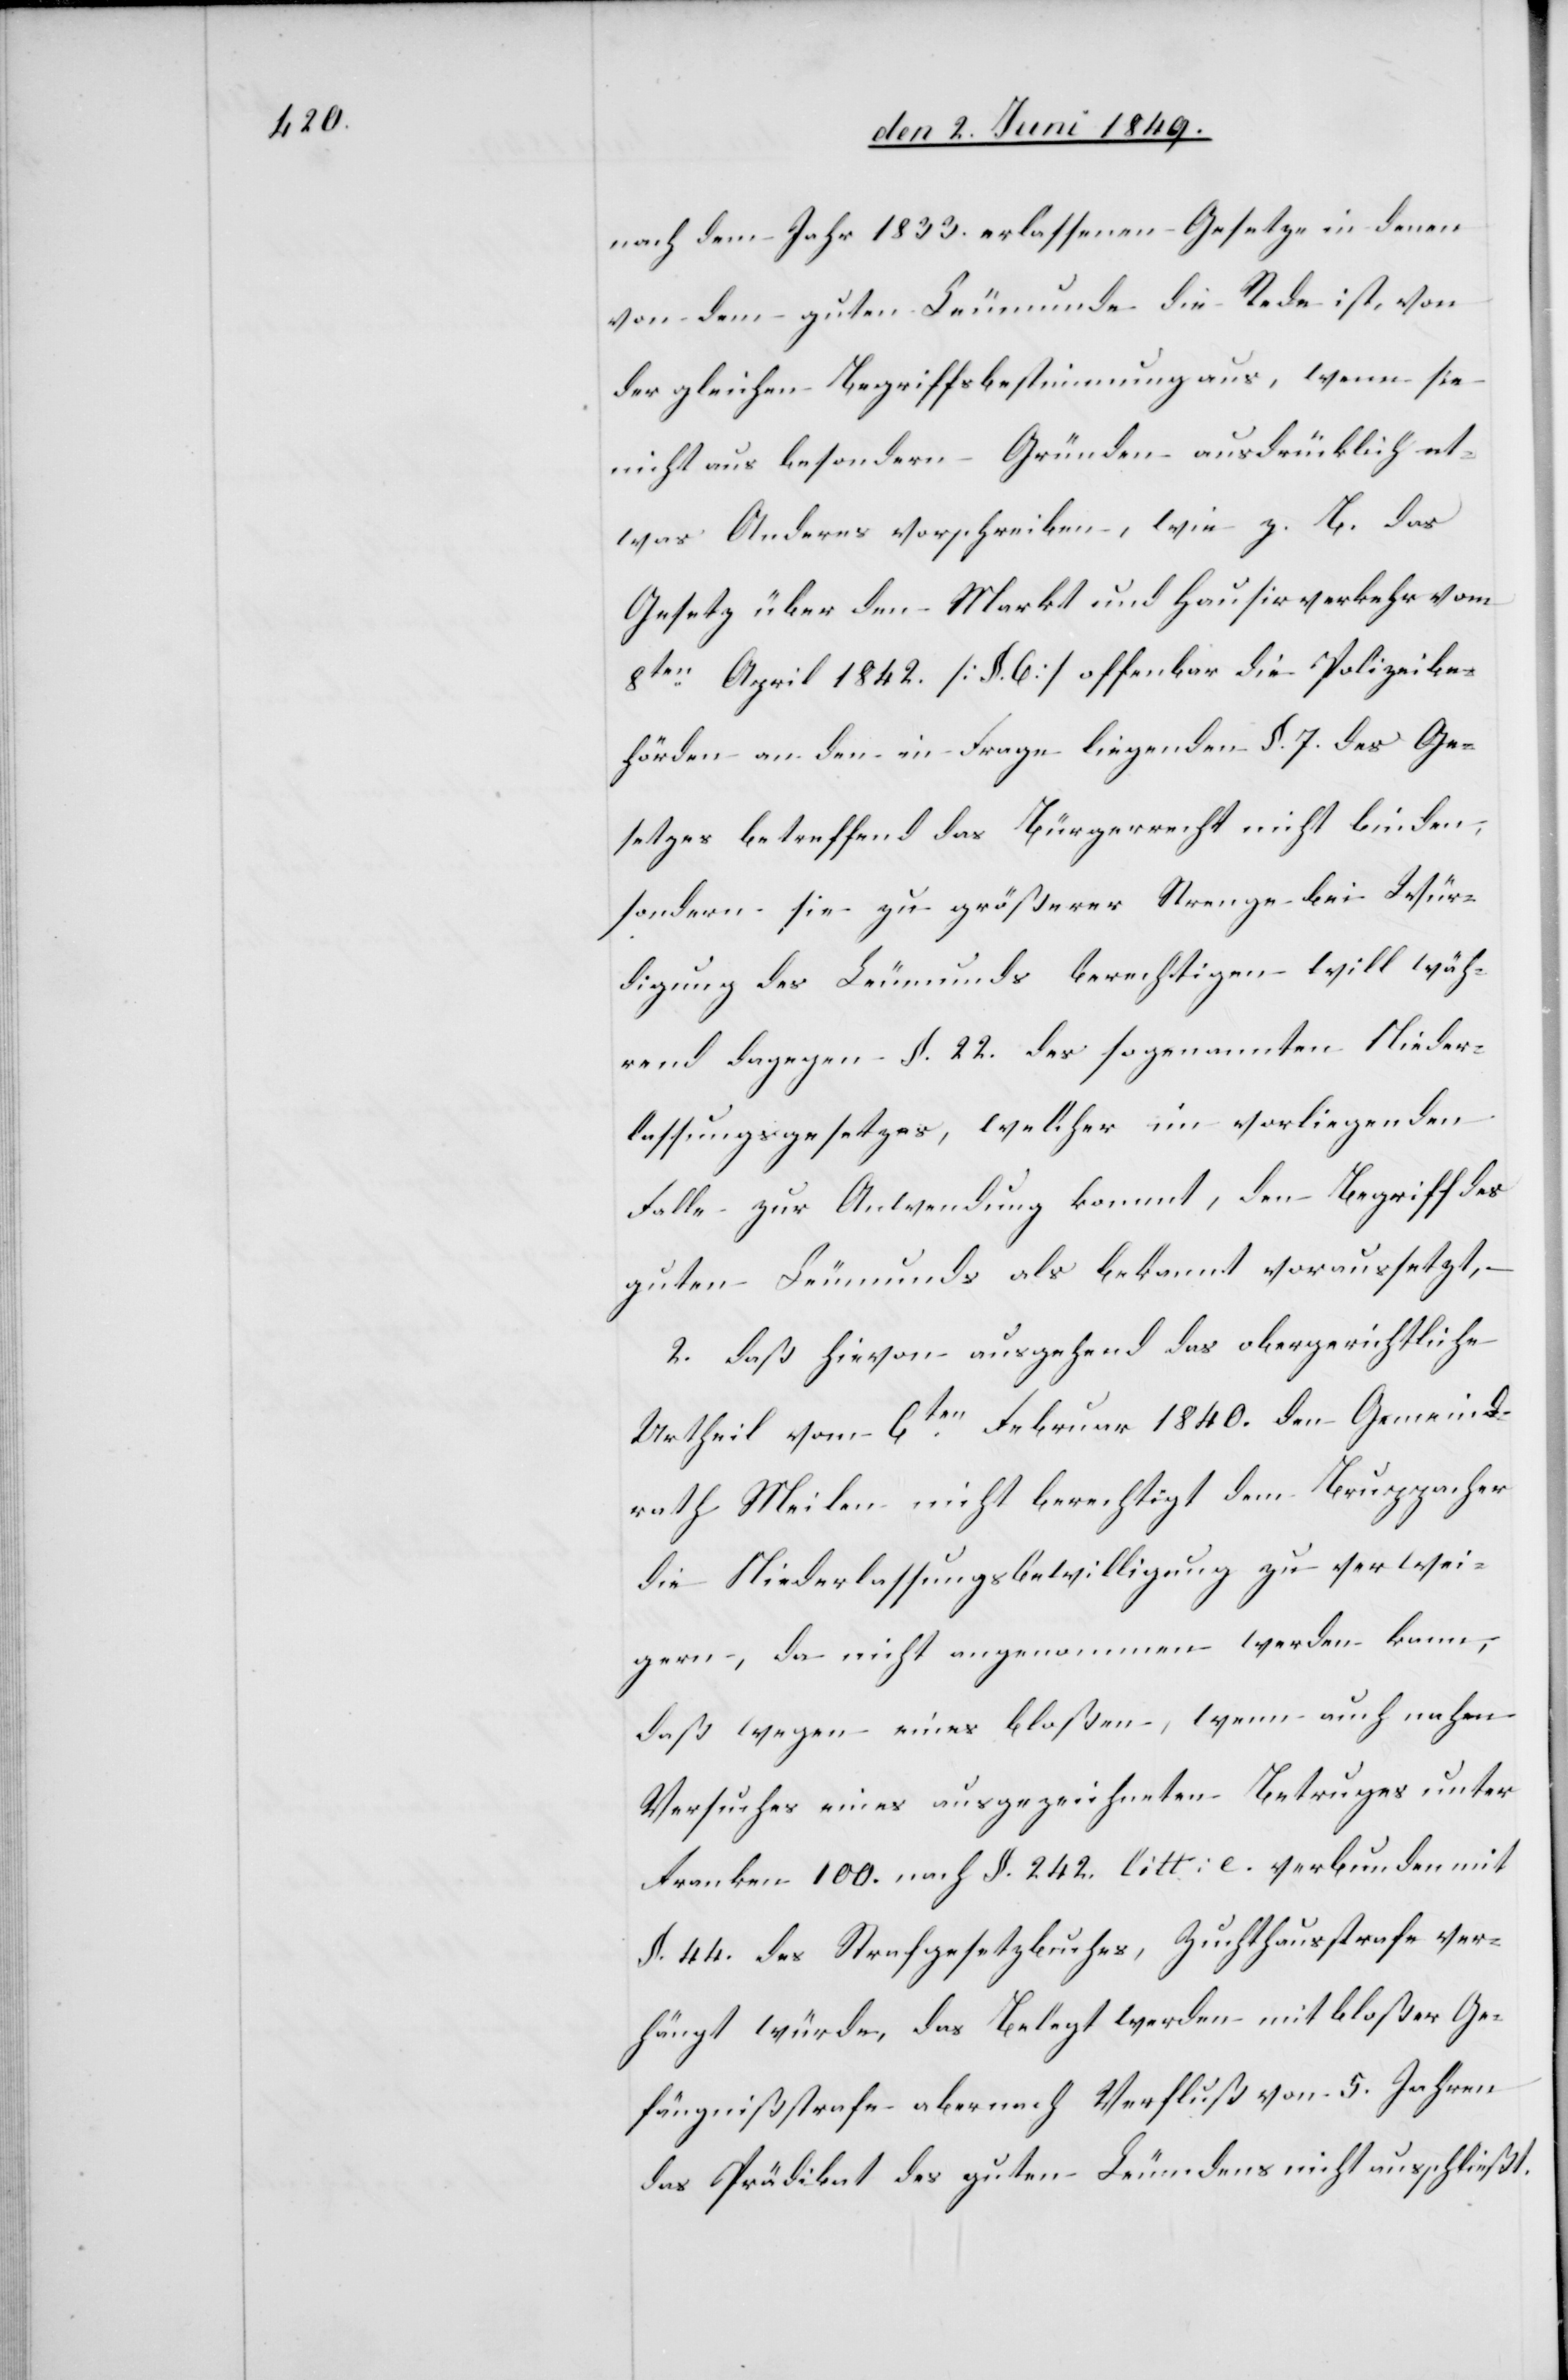
nach dem Jahr 1833. erlassenen Gesetze in denen
von dem guten Leumunde die Rede ist, von
der gleichen Begriffsbestimmung aus, wenn sie
nicht aus besondern Gründen ausdrücklich et¬
was Anderes vorschreiben, wie z. B. das
Gesetz über den Markt und Hausirverkehr vom
8ten April 1842. [§. 6] offenbar die Polizeibe¬
hörden an den in Frage liegenden §. 7. des Ge¬
setzes betreffend das Bürgerrecht nicht binden,
sondern sie zu größerer Strenge bei Wür¬
digung des Leumunds berechtigten will wäh¬
rend dagegen §. 22. des sogenannten Nieder¬
lassungsgesetzes, welcher im vorliegenden
Falle zur Anwendung kommt, den Begriff des
guten Leumunds als bekannt voraussetzt, –
2. daß hievon ausgehend das obergerichtliche
Urtheil vom 6ten Februar 1840. den Gemeind¬
rath Meilen nicht berechtigt dem Bruppacher
die Niederlassungsbewilligung zu verwei¬
gern, da nicht angenommen werden kann,
daß wegen eines bloßen, wenn auch nahen
Versuches eines ausgezeichneten Betruges unter
Franken 100. nach §. 242. litt: e. verbunden mit
§. 44. des Strafgesetzbuches, Zuchthausstrafe ver¬
hängt würde, das Belegt werden mit bloßer Ge¬
fängnißstrafe aber nach Verfluß von 5. Jahren
das Prädikat des guten Leumdens nicht ausschließt.